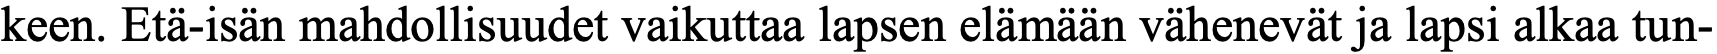
keen. Etä-isän mahdollisuudet vaikuttaa lapsen elämään vähenevät ja lapsi alkaa tun-